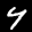
Label: 4